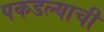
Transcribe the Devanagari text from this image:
पकडल्याची